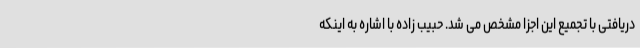
دریافتی با تجمیع این اجزا مشخص می شد. حبیب زاده با اشاره به اینکه